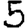
Digit: 5